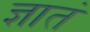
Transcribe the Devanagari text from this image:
ज्ञातं